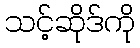
သင့်ဆိုဒ်ကို